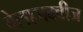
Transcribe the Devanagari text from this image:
वेलाजक्वीज